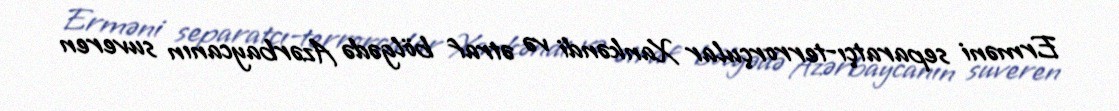
Erməni separatçı-terrorçular Xankəndi və ətraf bölgədə Azərbaycanın suveren